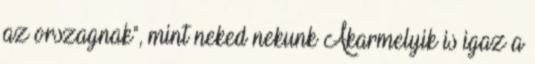
az orszagnak", mint neked nekunk Akarmelyik is igaz a